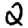
Digit: 2